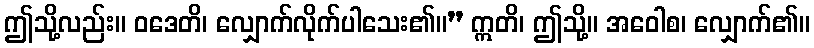
ဤသို့လည်း။ ဝဒေတိ၊ လျှောက်လိုက်ပါသေး၏။” ဣတိ၊ ဤသို့။ အဝေါစ၊ လျှောက်၏။